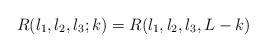
LaTeX: \begin{align*}R(l_{1},l_{2},l_{3};k)=R(l_{1},l_{2},l_{3},L-k) \end{align*}